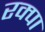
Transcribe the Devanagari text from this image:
रक्पा